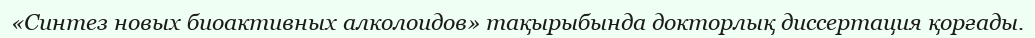
«Синтез новых биоактивных алколоидов» тақырыбында докторлық диссертация қорғады.